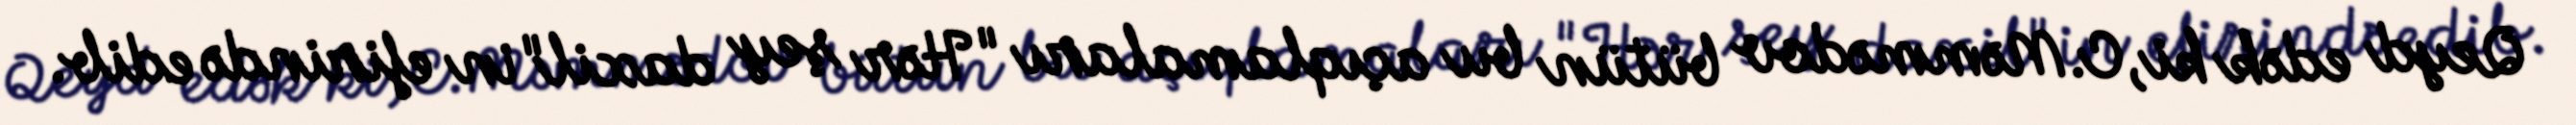
Qeyd edək ki, C.Məmmədov bütün bu açıqlamaları "Hər şey daxil"in efirində edib.